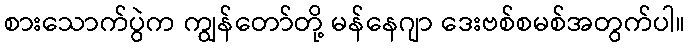
စားသောက်ပွဲက ကျွန်တော်တို့ မန်နေဂျာ ဒေးဗစ်စမစ်အတွက်ပါ။